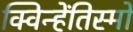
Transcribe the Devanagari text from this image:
क्विन्हेंतिस्मो